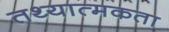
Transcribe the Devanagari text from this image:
तथ्यात्मकता